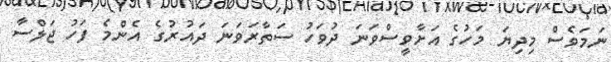
ނަމަވެސް މިދިޔަ މަހުގެ އަށާވީސްވަނަ ދުވަހު ސަތާރަވަނަ ދައުރުގެ އެންމެ ފަހު ޖަލްސާ